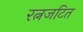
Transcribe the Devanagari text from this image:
रत्नजटित